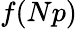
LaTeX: f(Np)